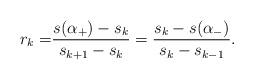
LaTeX: \begin{align*}r_k =&\frac{s(\alpha_+)-s_k}{s_{k+1}-s_{k}} =\frac{s_k- s(\alpha_-) }{s_{k }-s_{k-1}} .\end{align*}